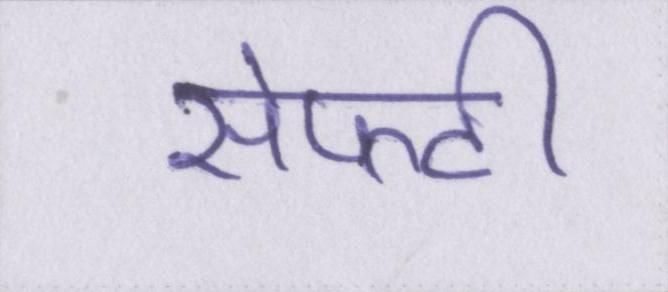
सेफ्टी